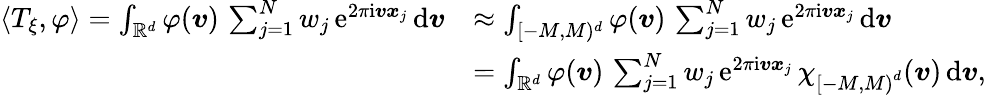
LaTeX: \begin{array}{rl}{\langle T_{\xi},\varphi\rangle=\int_{\mathbb R^{d}}\varphi(\boldsymbol v)\, \sum_{j=1}^{N}w_{j}\, \mathrm e^{2\pi\mathrm i\boldsymbol v\boldsymbol x_{j}}\, \mathrm{d}\boldsymbol v}&{\approx\int_{[-M,M)^{d}}\varphi(\boldsymbol v)\, \sum_{j=1}^{N}w_{j}\, \mathrm e^{2\pi\mathrm i\boldsymbol v\boldsymbol x_{j}}\, \mathrm{d}\boldsymbol v}\\ &{=\int_{\mathbb R^{d}}\varphi(\boldsymbol v)\, \sum_{j=1}^{N}w_{j}\, \mathrm e^{2\pi\mathrm i\boldsymbol v\boldsymbol x_{j}}\, \chi_{\left[-M,M\right)^{d}}(\boldsymbol v)\, \mathrm{d}\boldsymbol v,}\end{array}